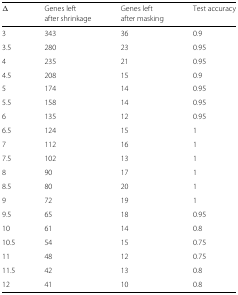
| Δ | Genes left | Genes left | Test accuracy |
 |  | after shrinkage | after masking |  |
 | --- | --- | --- | --- |
 | 3 | 343 | 36 | 0.9 |
 | 3.5 | 280 | 23 | 0.95 |
 | 4 | 235 | 21 | 0.95 |
 | 4.5 | 208 | 15 | 0.9 |
 | 5 | 174 | 14 | 0.95 |
 | 5.5 | 158 | 14 | 0.95 |
 | 6 | 135 | 12 | 0.95 |
 | 6.5 | 124 | 15 | 1 |
 | 7 | 112 | 16 | 1 |
 | 7.5 | 102 | 13 | 1 |
 | 8 | 90 | 17 | 1 |
 | 8.5 | 80 | 20 | 1 |
 | 9 | 72 | 19 | 1 |
 | 9.5 | 65 | 18 | 0.95 |
 | 10 | 61 | 14 | 0.8 |
 | 10.5 | 54 | 15 | 0.75 |
 | 11 | 48 | 12 | 0.75 |
 | 11.5 | 42 | 13 | 0.8 |
 | 12 | 41 | 10 | 0.8 |